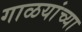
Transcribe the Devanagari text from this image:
गाळयांच्या